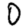
Digit: 0